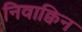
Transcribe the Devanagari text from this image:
निवाक्विन